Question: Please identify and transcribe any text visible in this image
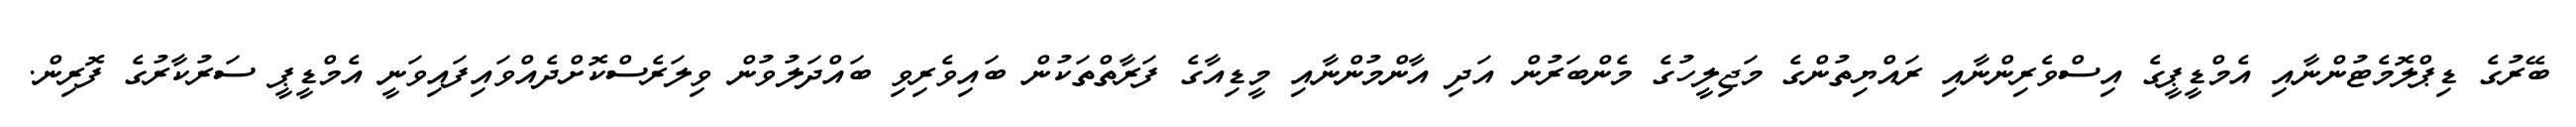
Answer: ބޭރުގެ ޑިޕްލޮމެޓުންނާއި އެމްޑީޕީގެ އިސްވެރިންނާއި ރައްޔިތުންގެ މަޖިލީހުގެ މެންބަރުން އަދި އާންމުންނާއި މީޑިއާގެ ފަރާތްތަކުން ބައިވެރިވި ބައްދަލުވުން ވިލަރެސްކޮށްދެއްވައިފައިވަނީ އެމްޑީޕީ ސަރުކާރުގެ ފޮރިން.